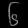
Digit: ၆